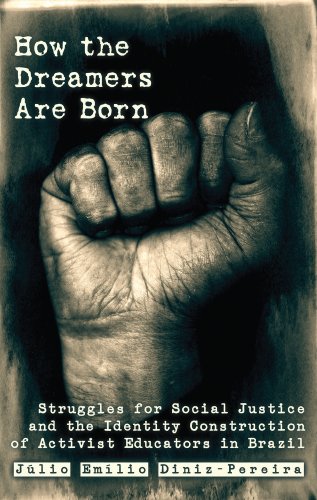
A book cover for How the Dreamers are Born: Struggles for Social Justice and the Identity Construction of Activist Educators in Brazil (Education and Struggle); JÃºlio EmÃ­lio Diniz-Pereira; Gay & Lesbian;